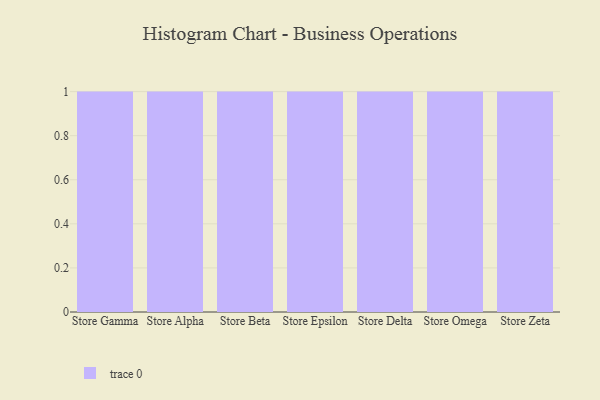
{"axis": {"x": "Store", "y": "Conversion Rate (%)"}, "legend": [""], "data": [{"x": "Store Gamma", "y": 16, "type": ""}, {"x": "Store Alpha", "y": 99, "type": ""}, {"x": "Store Beta", "y": 64, "type": ""}, {"x": "Store Epsilon", "y": 15, "type": ""}, {"x": "Store Delta", "y": 24, "type": ""}, {"x": "Store Omega", "y": 91, "type": ""}, {"x": "Store Zeta", "y": 56, "type": ""}]}